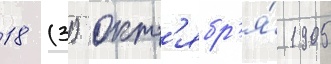
18 (31) окт'ябр'я́ 1905